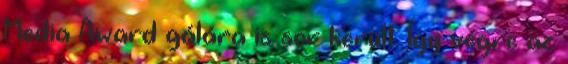
Media Award gálára is sor került. Így végre az